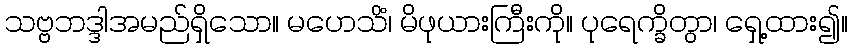
သဗ္ဗဘဒ္ဒါအမည်ရှိသော။ မဟေသိံ၊ မိဖုယားကြီးကို။ ပုရေက္ခိတွာ၊ ရှေ့ထား၍။